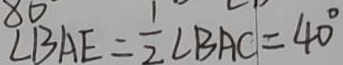
\angle B A E = \frac { 1 } { 2 } \angle B A C = 4 0 ^ { \circ }